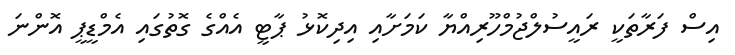
އިސް ފަރާތަކީ ރައީސުލްޖުމްހޫރިއްޔާ ކަމަށާއި އިދިކޮޅު ޕާޓީ އެއްގެ ގޮތުގައި އެމްޑީޕީ އޮންނަ